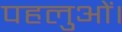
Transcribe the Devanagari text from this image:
पहलुओं।